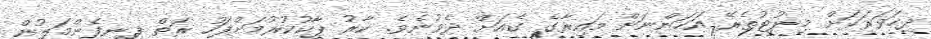
ދިހަވަރަކަށް މިނުޓުތެރޭ އަހަންނަށް މައިރާގެ ގެއަށް ދެވުނެވެ. ކާރު ޕާކުކުރުމަށްފަހު ރަތް ފިނިފެންމަލުން